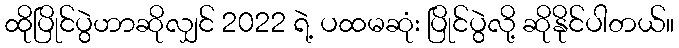
ထိုပြိုင်ပွဲဟာဆိုလျှင် 2022 ရဲ့ ပထမဆုံး ပြိုင်ပွဲလို့ ဆိုနိုင်ပါတယ်။